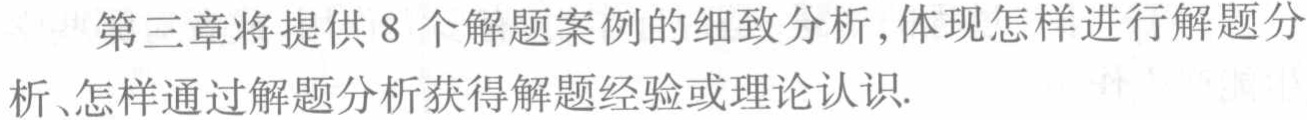
第三章将提供 8 个解题案例的细致分析,体现怎样进行解题分析、怎样通过解题分析获得解题经验或理论认识.